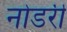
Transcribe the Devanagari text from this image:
नोडरी